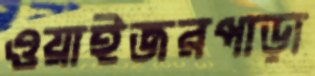
ওয়াইজরপাড়া